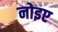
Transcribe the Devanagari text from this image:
नोइए